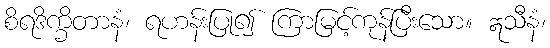
စိရဒိက္ခိတာနံ၊ ရဟန်းပြု၍ ကြာမြင့်ကုန်ပြီးသော။ ဣသီနံ၊